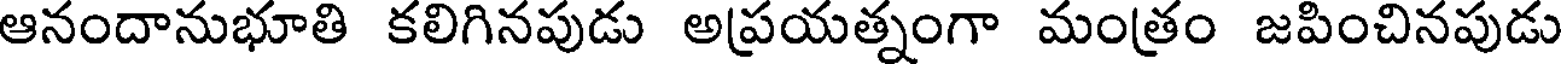
ఆనందానుభూతి కలిగినపుడు అప్రయత్నంగా మంత్రం జపించినపుడు